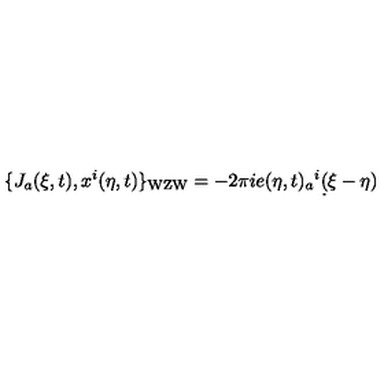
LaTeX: \{ J _ { a } ( \xi , t ) , x ^ { i } ( \eta , t ) \} _ { \mathrm { W Z W } } = - 2 \pi i e ( \eta , t ) _ { a } { } ^ { i } \d ( \xi - \eta )